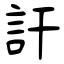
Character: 訐